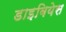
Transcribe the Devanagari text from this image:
डाइबियेस